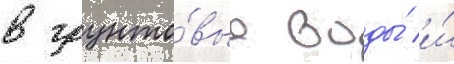
в грунто́вые воды́ и́